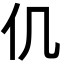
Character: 仉